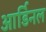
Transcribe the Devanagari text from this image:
आर्डिनल